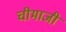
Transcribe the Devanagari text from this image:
चीमाजी